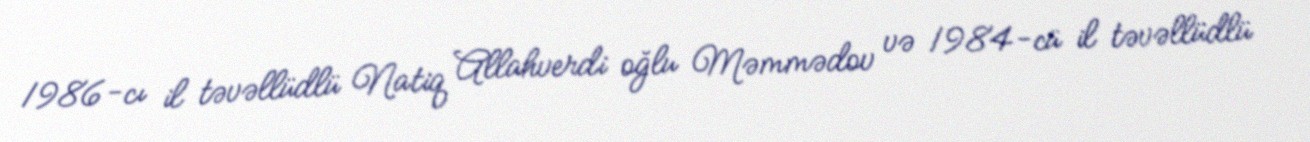
1986-cı il təvəllüdlü Natiq Allahverdi oğlu Məmmədov və 1984-cü il təvəllüdlü